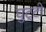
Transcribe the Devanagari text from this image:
घुट्टी